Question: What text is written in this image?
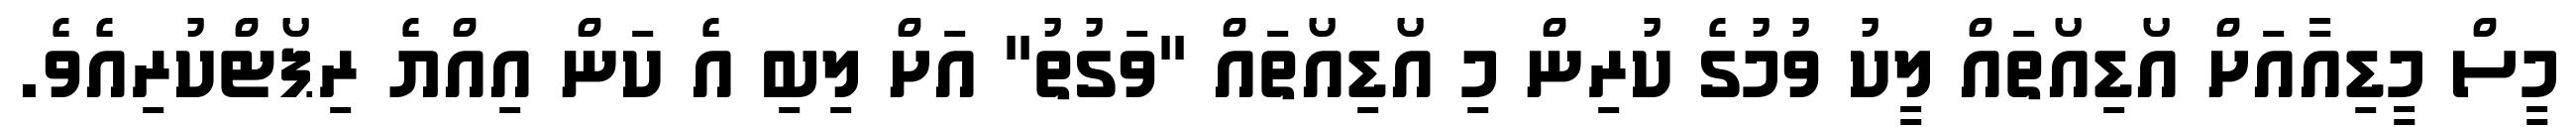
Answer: މީސް މީޑިއާއަށް އޯޑިއޯތައް ލީކު ވުމުގެ ކުރިން މި އޯޑިއޯތައް "ވަގުތު" އަށް ލިބި އެ ކަން އިއްޔެ ރިޕޯޓްކުރިއެވެ.